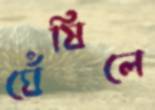
ঘেঁষিলে